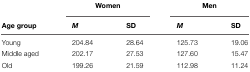
<table><thead><tr><td></td><td colspan="2"><b>Women</b></td><td colspan="2"><b>Men</b></td></tr><tr><td><b>Age group</b></td><td><b><i>M</i></b></td><td><b>SD</b></td><td><b><i>M</i></b></td><td><b>SD</b></td></tr></thead><tbody><tr><td>Young</td><td>204.84</td><td>28.64</td><td>125.73</td><td>19.06</td></tr><tr><td>Middle aged</td><td>202.17</td><td>27.53</td><td>127.60</td><td>15.47</td></tr><tr><td>Old</td><td>199.26</td><td>21.59</td><td>112.98</td><td>11.24</td></tr></tbody></table>